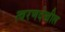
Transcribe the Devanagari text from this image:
त्वरणदेखील